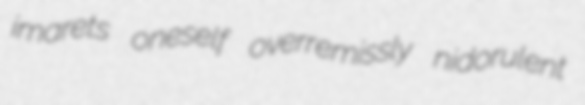
imarets oneself overremissly nidorulent